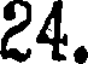
24.